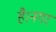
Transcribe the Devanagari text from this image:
है।नगर